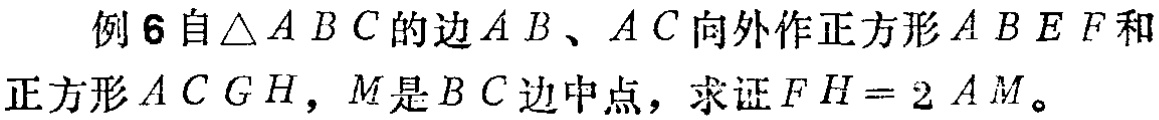
例 6 自\(\triangle ABC\)的边\(AB\)、\(AC\)向外作正方形\(ABEF\)和正方形\(ACGH\)，\(M\)是\(BC\)边中点，求证\(FH = 2AM\)。